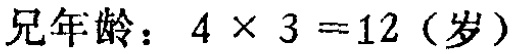
兄年龄：\(4\times3 = 12\)（岁）